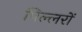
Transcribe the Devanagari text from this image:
पिल्लरों